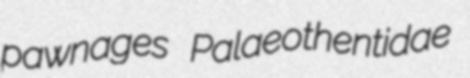
pawnages Palaeothentidae